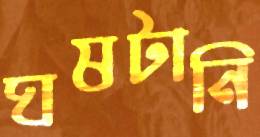
ঘষটানি